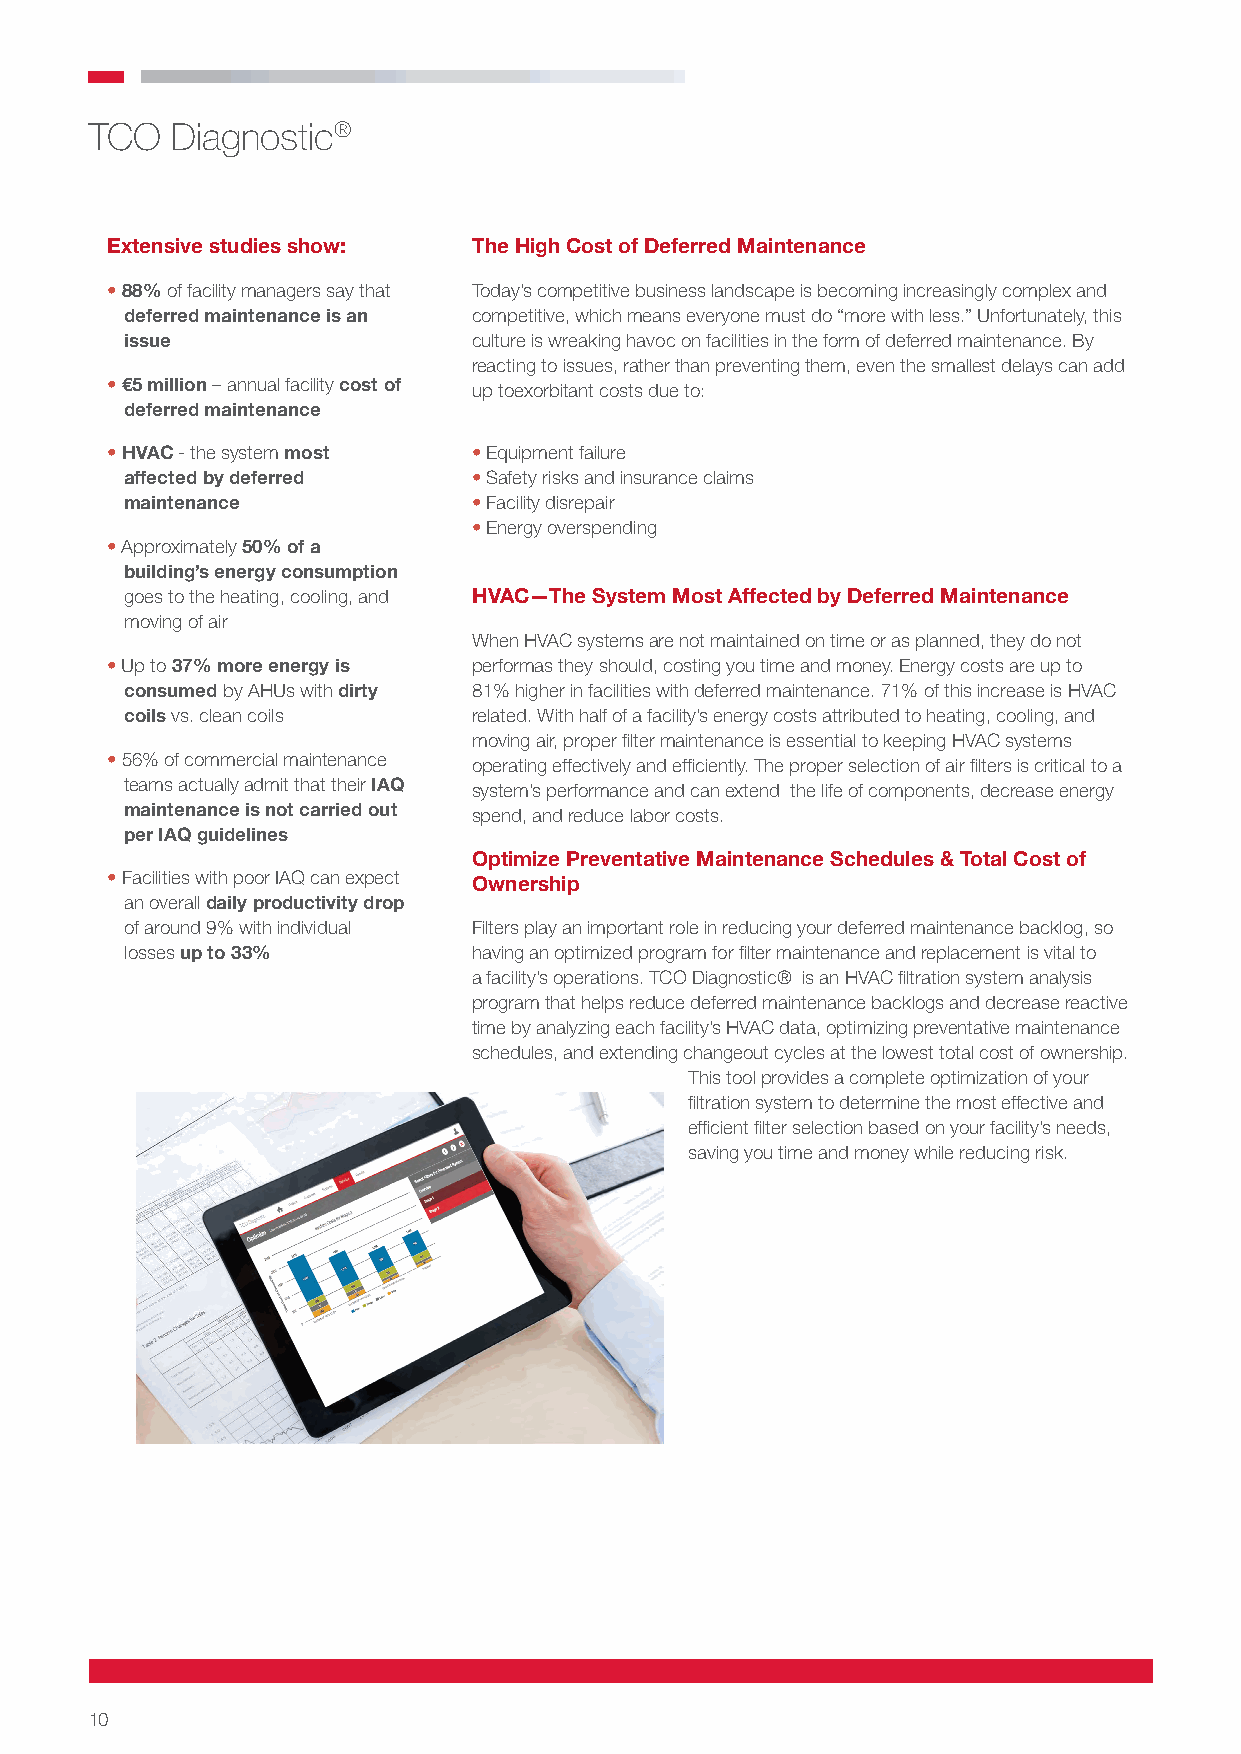
TCO  Diagnostic®
 Extensive studies show: The High Cost of Deferred Maintenance
 • 88% of facility managers say that Today’s competitive business landscape is becoming increasingly complex and
 deferred maintenance is an competitive, which means everyone must do “more with less.” Unfortunately, this
 issue                  culture is wreaking havoc on facilities in the form of deferred maintenance. By
 reacting to issues, rather than preventing them, even the smallest delays can add
 • €5 million – annual facility cost of up toexorbitant costs due to:
 deferred maintenance
 • HVAC - the system most • Equipment failure
 affected by deferred   • Safety risks and insurance claims
 maintenance            • Facility disrepair
 • Energy overspending
 • Approximately 50% of a
 building’s energy consumption
 goes to the heating, cooling, and HVAC—The System Most Affected by Deferred Maintenance
 moving of air
 When HVAC systems are not maintained on time or as planned, they do not
 • Up to 37% more energy is performas they should, costing you time and money. Energy costs are up to
 consumed by AHUs with dirty 81% higher in facilities with deferred maintenance. 71% of this increase is HVAC
 coils vs. clean coils  related. With half of a facility’s energy costs attributed to heating, cooling, and
 moving air, proper filter maintenance is essential to keeping HVAC systems
 • 56% of commercial maintenance
 operating effectively and efficiently. The proper selection of air filters is critical to a
 teams actually admit that their IAQ system’s performance and can extend the life of components, decrease energy
 maintenance is not carried out spend, and reduce labor costs.
 per IAQ guidelines
 Optimize Preventative Maintenance Schedules & Total Cost of
 • Facilities with poor IAQ can expect Ownership
 an overall daily productivity drop
 of around 9% with individual Filters play an important role in reducing your deferred maintenance backlog, so
 losses up to 33%       having an optimized program for filter maintenance and replacement is vital to
 a facility’s operations. TCO Diagnostic® is an HVAC filtration system analysis
 program that helps reduce deferred maintenance backlogs and decrease reactive
 time by analyzing each facility’s HVAC data, optimizing preventative maintenance
 schedules, and extending changeout cycles at the lowest total cost of ownership.
 This tool provides a complete optimization of your
 filtration system to determine the most effective and
 efficient filter selection based on your facility’s needs,
 saving you time and money while reducing risk.
 10